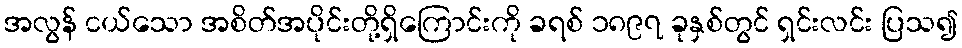
အလွန် ငယ်သော အစိတ်အပိုင်းတို့ရှိကြောင်းကို ခရစ် ၁၈၉၇ ခုနှစ်တွင် ရှင်းလင်း ပြသ၍